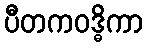
ပီတကဝဒ္ဓိကာ